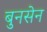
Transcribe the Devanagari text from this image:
बुनसेन